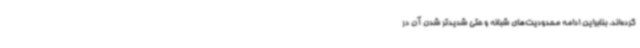
کرده‌اند، بنابراین ادامه محدودیت‌های شبانه و حتی شدیدتر شدن آن در